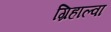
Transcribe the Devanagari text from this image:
ग्रिहाल्वा